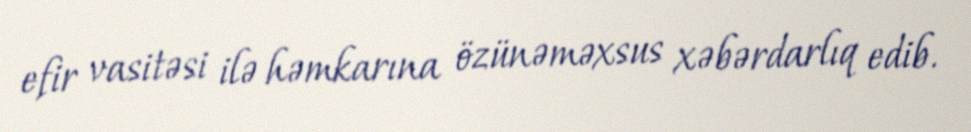
efir vasitəsi ilə həmkarına özünəməxsus xəbərdarlıq edib.